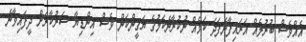
އެއްވެސް ބުރުލެއް އަރައިފާނެފަދަ ކަމެއް ނުކުރާނެކަމުގެ ޔަޤީންކަން ވެސް އިންޑިޔާ ސަރުކާރަށް ދީފައިވާނެ